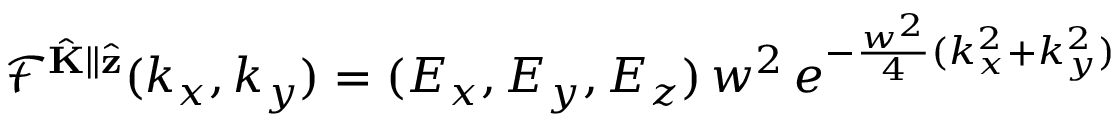
\mathcal { F } ^ { \hat { \mathbf { K } } \parallel \hat { \mathbf { z } } } ( k _ { x } , k _ { y } ) = ( E _ { x } , E _ { y } , E _ { z } ) \, w ^ { 2 } \, e ^ { - \frac { w ^ { 2 } } { 4 } ( k _ { x } ^ { 2 } + k _ { y } ^ { 2 } ) }